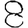
Digit: 8